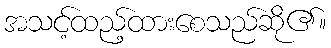
အသင့်ထည့်ထားစေသည်ဆို၏။